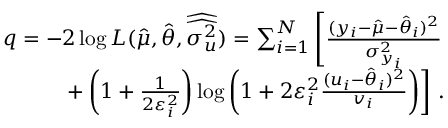
\begin{array} { r } { q = - 2 \log L ( \hat { \mu } , \hat { \boldsymbol { \theta } } , \widehat { \widehat { \boldsymbol { \sigma _ { u } ^ { 2 } } } } ) = \sum _ { i = 1 } ^ { N } \left[ \frac { ( y _ { i } - \hat { \mu } - \hat { \theta } _ { i } ) ^ { 2 } } { \sigma _ { y _ { i } } ^ { 2 } } \right. } \\ { \left. + \left( 1 + \frac { 1 } { 2 \varepsilon _ { i } ^ { 2 } } \right) \log \left( 1 + 2 \varepsilon _ { i } ^ { 2 } \frac { ( u _ { i } - \hat { \theta } _ { i } ) ^ { 2 } } { v _ { i } } \right) \right] \, . } \end{array}